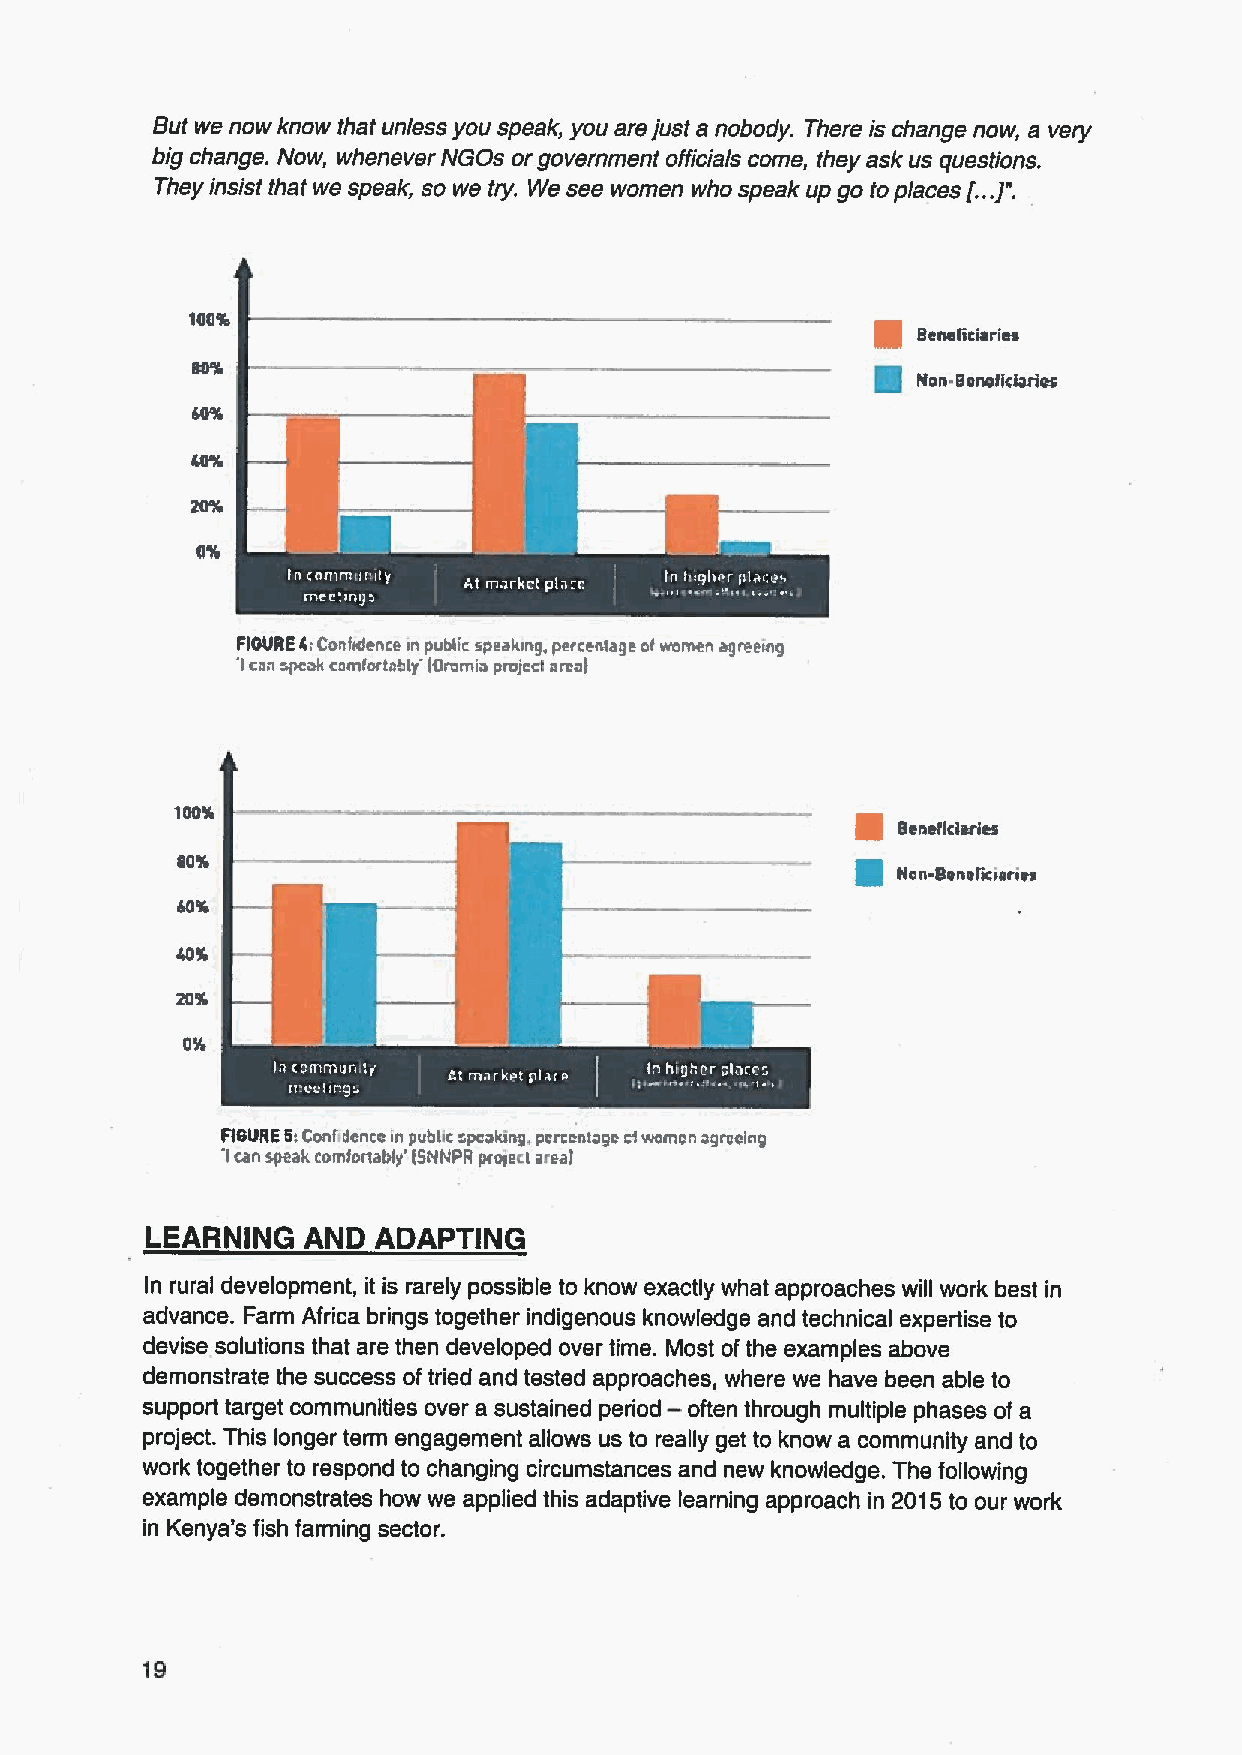
But we now know that unless you speak, you arejust a nobody. There is change now, a very
 big change. Now, whenever NGOs or government officials come, they ask us questions.
 They insist that we speak, so we try. We see women who speak up go toplaces (...J".
 100%                                         g
 Beneficiaries
 g
 Non Beneficiaries
 FIGUREdiConfnfence m public speaking. percentage ofwomen agreeing
 'Icnn speck comfortably loromio project areal
 ~
 Beneficiaries
 ~
 00%
 Non-Seneficiaries
 RGURE 0.Confidence in public peaking, pcrccntogc ciwomen agreeing
 Ican speak comiortablr'(SNNPR project areal
 LEARNING  AND  ADAPTING
 In rural development, it is rarely possible to know exactly what approaches will work best in
 advance. Farm Africa brings together indigenous knowledge and technical expertise to
 devise solutions that are then developed over time. Most ofthe examples above
 demonstrate the success of tried and tested approaches, where we have been able to
 —
 support target communities over a sustained period often through multiple phases of a
 project. This longer term engagement allows us to really get to know a community and to
 work together to respond to changing circumstances and new knowledge. The following
 example demonstrates how we applied this adaptive learning approach in 2015to our work
 in Kenya's fish farming sector.
 19